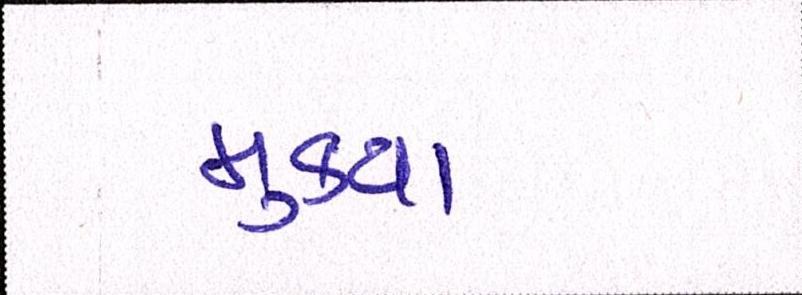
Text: મુકયા